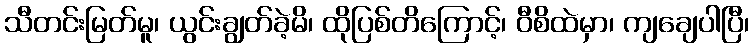
သီတင်းမြတ်မူ၊ ယွင်းချွတ်ခဲ့မိ၊ ထိုပြစ်တိကြောင့်၊ ဝီစိထဲမှာ၊ ကျချေပါပြီ၊